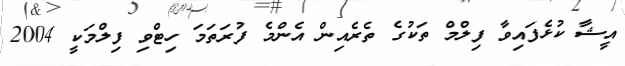
އީޝާ ކުޅެފައިވާ ފިލްމް ތަކުގެ ތެރެއިން އެންމެ ފުރަތަމަ ހިޓްވި ފިލްމަކީ 2004